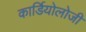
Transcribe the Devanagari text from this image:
कार्डियाेलोजी